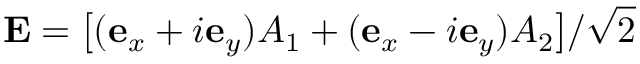
{ \bf E } = \big [ ( { \bf e } _ { x } + i { \bf e } _ { y } ) A _ { 1 } + ( { \bf e } _ { x } - i { \bf e } _ { y } ) A _ { 2 } \big ] / \sqrt { 2 }